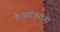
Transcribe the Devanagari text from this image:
है।जहाजरानी